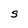
Character: S